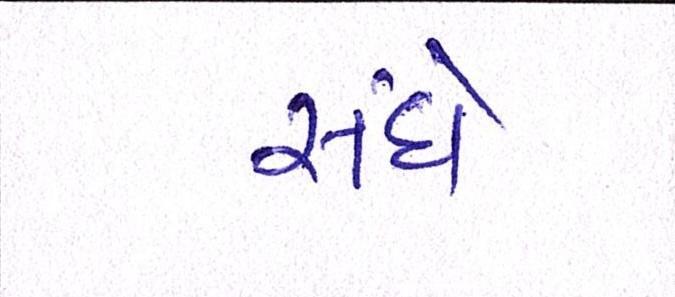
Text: સંઘે